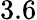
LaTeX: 3.6